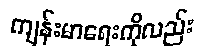
ကျန်းမာရေးကိုလည်း